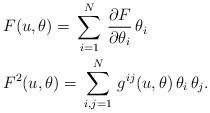
LaTeX: \begin{align*}& F(u,\theta)=\,\sum^N_{i=1}\, \frac{\partial F}{\partial \theta_i} \,\theta_i\\& F^2(u,\theta)=\,\sum^N_{i,j=1}\,g^{ij}(u,\theta)\,\theta_i\,\theta_j.\end{align*}